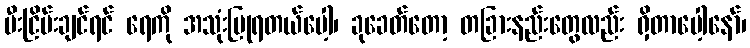
မီးငြိမ်းချင်ရင် ရေကို အသုံးပြုရတယ်ပေါ့၊ ခုခေတ်တော့ တခြားနည်းတွေလည်း ရှိတာပေါ့နော်၊